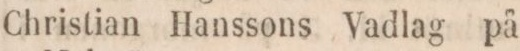
Christian Hanssons Vadlag på